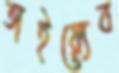
তাইয়্যেব